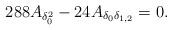
LaTeX: \begin{align*}288 A_{\delta_0^2} -24A_{\delta_0\delta_{1,2}} = 0.\end{align*}